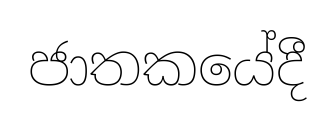
ජාතකයේදී